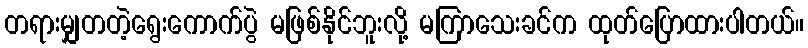
တရားမျှတတဲ့ရွေးကောက်ပွဲ မဖြစ်နိုင်ဘူးလို့ မကြာသေးခင်က ထုတ်ပြောထားပါတယ်။